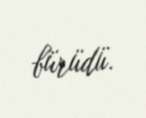
bürüdü.